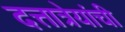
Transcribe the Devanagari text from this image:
दत्तात्रेयांची